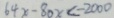
6 4 x - 8 0 x < - 2 0 0 0